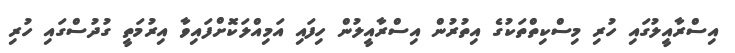
އިސްރާއީލުގައި ހުރި މިސްކިތްތަކުގެ އިތުރުން އިސްރާއީލުން ހިފައި އަމިއްލަކޮށްފައިވާ އިރުމަތީ ގުދުސްގައި ހުރި